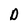
Character: D